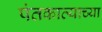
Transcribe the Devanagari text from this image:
पंतकाव्याच्या